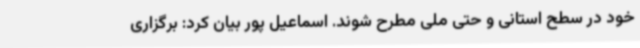
خود در سطح استانی و حتی ملی مطرح شوند. اسماعیل پور بیان کرد: برگزاری